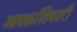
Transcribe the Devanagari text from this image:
आद्यक्रांतिकारी